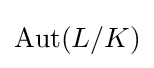
{\text{Aut}}(L/K)